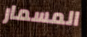
المسمار